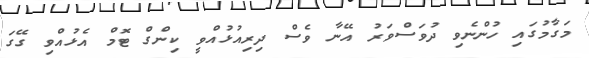
މަގާމުގައި ހުންނެވި ދުވަސްވަރު އޭނާ ވެސް ދިރިއުޅުއްވީ ކިންގް ޓޮމް އެޅުއްވި ގޭގަ